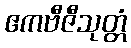
ဧကဗီဇီသုတ္တံ